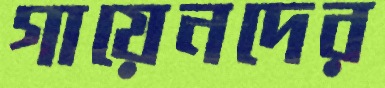
গায়েনদের